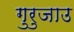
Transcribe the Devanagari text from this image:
गुरुजाउ